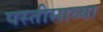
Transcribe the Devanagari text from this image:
पस्तीसाव्या